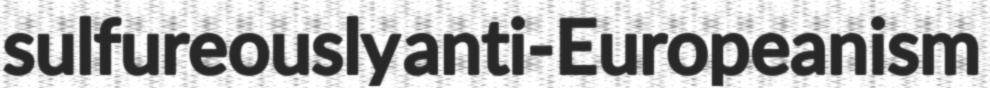
sulfureously anti-Europeanism